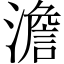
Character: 澹